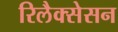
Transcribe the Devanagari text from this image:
रिलैक्सेसन